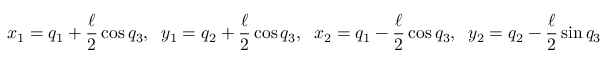
x _ { 1 } = q _ { 1 } + \frac { \ell } { 2 } \cos q _ { 3 } , \; \; y _ { 1 } = q _ { 2 } + \frac { \ell } { 2 } \cos q _ { 3 } , \; \; x _ { 2 } = q _ { 1 } - \frac { \ell } { 2 } \cos q _ { 3 } , \; \; y _ { 2 } = q _ { 2 } - \frac { \ell } { 2 } \sin q _ { 3 }